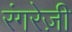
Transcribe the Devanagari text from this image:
रंगरेज़ी